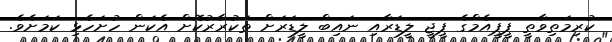
ކުރިމަތިވާތީ ޕީޕީއެމްގެ ޕީޖީ ލީޑަރާއި ނައިބް ލީޑަރަށް ތަކުރާރުކޮށް އެކަން ހުށަހެޅި ކަމަށެވެ.